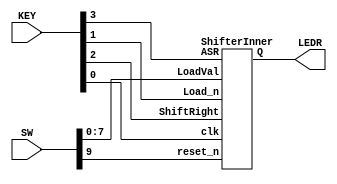
module shifter(SW, LEDR, KEY);
	input[9:0] SW;
	input[3:0] KEY;
	output[7:0] LEDR;

	ShifterInner u0(
		.LoadVal(SW[7:0]),
		.Load_n(KEY[1]),
		.ShiftRight(KEY[2]),
		.ASR(KEY[3]),
		.clk(KEY[0]),
		.reset_n(SW[9]),
		.Q(LEDR)	
	);

endmodule


module ShifterInner(LoadVal, Load_n, ShiftRight, ASR, clk, reset_n, Q);
	input[7:0] LoadVal;
	input Load_n, ShiftRight, ASR, clk, reset_n;
	output wire [7:0] Q;

	reg leftMost;
	
	always @(ASR)
	begin
		if (ASR == 0)
			leftMost <= 0;
		else
			leftMost <= Q[0];
	end

	ShifterBit u0(
		.load_val(LoadVal[0]),
		.in(leftMost),
		.shift(ShiftRight),
		.load_n(Load_n),
		.clk(clk),
		.reset_n(reset_n),
		.out(Q[0])
	);

	ShifterBit u1(
		.load_val(LoadVal[1]),
		.in(Q[0]),
		.shift(ShiftRight),
		.load_n(Load_n),
		.clk(clk),
		.reset_n(reset_n),
		.out(Q[1])
	);

	ShifterBit u2(
		.load_val(LoadVal[2]),
		.in(Q[1]),
		.shift(ShiftRight),
		.load_n(Load_n),
		.clk(clk),
		.reset_n(reset_n),
		.out(Q[2])
	);

	ShifterBit u3(
		.load_val(LoadVal[3]),
		.in(Q[2]),
		.shift(ShiftRight),
		.load_n(Load_n),
		.clk(clk),
		.reset_n(reset_n),
		.out(Q[3])
	);

	ShifterBit u4(
		.load_val(LoadVal[4]),
		.in(Q[3]),
		.shift(ShiftRight),
		.load_n(Load_n),
		.clk(clk),
		.reset_n(reset_n),
		.out(Q[4])
	);

	ShifterBit u5(
		.load_val(LoadVal[5]),
		.in(Q[4]),
		.shift(ShiftRight),
		.load_n(Load_n),
		.clk(clk),
		.reset_n(reset_n),
		.out(Q[5])
	);

	ShifterBit u6(
		.load_val(LoadVal[6]),
		.in(Q[5]),
		.shift(ShiftRight),
		.load_n(Load_n),
		.clk(clk),
		.reset_n(reset_n),
		.out(Q[6])
	);

	ShifterBit u7(
		.load_val(LoadVal[7]),
		.in(Q[6]),
		.shift(ShiftRight),
		.load_n(Load_n),
		.clk(clk),
		.reset_n(reset_n),
		.out(Q[7])
	);

endmodule





module ShifterBit(load_val, in, shift, load_n, clk, reset_n, out);
	input load_val, in, shift, load_n, clk, reset_n;
	output wire out;
	wire u0u1;
	wire u1u2;

	mux2to1 u0(
		.x(out),
		.y(in),
		.s(shift),
		.m(u0u1)
	);

	mux2to1 u1(
		.x(load_val),
		.y(u0u1),
		.s(shift),
		.m(u1u2)
	);

	flipflop u2(
		.d(u1u2),
		.clock(clk),
		.reset_n(reset_n),
		.q(out)	
	);
endmodule



module flipflop(d, clock, reset_n, q);
	input d;
	input clock;
	input reset_n;
	
	output reg q;

	always @(posedge clock) // Triggered every time clock rises
				// Note that clock is not a keyword
	begin
		if(reset_n == 1'b0) // When reset n is 0
				// Note this is tested on every rising
				// clock edge
			q <= 0; // Set q to 0
				// Note that the assignment uses <=
				// instead of =
		else		// When reset_n is not 0
			q <= d; //Store the value of d in q
	end
endmodule

module mux2to1(x, y, s, m);
	input x; //selected when s is 0
	input y; //selected when s is 1
	input s; // select signal
	output m; // output

	assign m = s & y | ~s & x;
endmodule